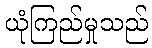
ယုံကြည်မှုသည်